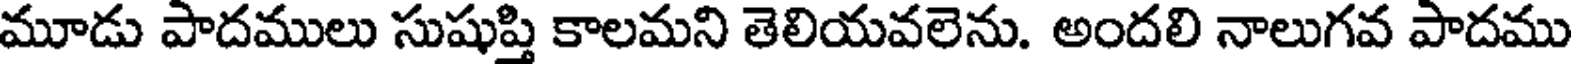
మూడు పాదములు సుషుప్తి కాలమని తెలియవలెను. అందలి నాలుగవ పాదము